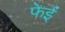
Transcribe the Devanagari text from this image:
फेई